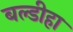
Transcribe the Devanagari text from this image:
बल्डीहा